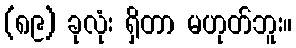
(၈၉) ခုလုံး ရှိတာ မဟုတ်ဘူး။